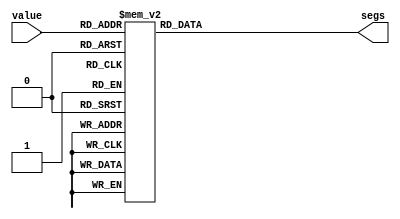
/*
   This file was generated automatically by Alchitry Labs version 1.2.7.
   Do not edit this file directly. Instead edit the original Lucid source.
   This is a temporary file and any changes made to it will be destroyed.
*/

module hex_digit_lut_7 (
    input [3:0] value,
    output reg [7:0] segs
  );
  
  
  
  always @* begin
    
    case (value)
      4'h0: begin
        segs = 8'h3f;
      end
      4'h1: begin
        segs = 8'h06;
      end
      4'h2: begin
        segs = 8'h5b;
      end
      4'h3: begin
        segs = 8'h4f;
      end
      4'h4: begin
        segs = 8'h66;
      end
      4'h5: begin
        segs = 8'h6d;
      end
      4'h6: begin
        segs = 8'h7d;
      end
      4'h7: begin
        segs = 8'h07;
      end
      4'h8: begin
        segs = 8'h7f;
      end
      4'h9: begin
        segs = 8'h67;
      end
      4'ha: begin
        segs = 8'h77;
      end
      4'hb: begin
        segs = 8'h7c;
      end
      4'hc: begin
        segs = 8'h39;
      end
      4'hd: begin
        segs = 8'h5e;
      end
      4'he: begin
        segs = 8'h79;
      end
      4'hf: begin
        segs = 8'h71;
      end
      default: begin
        segs = 8'h00;
      end
    endcase
  end
endmodule